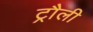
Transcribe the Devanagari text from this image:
ट्रौली